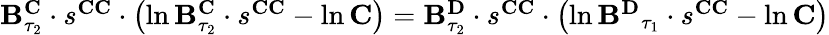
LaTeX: \begin{array}{r}{\mathbf{B}_{\tau_{2}}^{\mathbf{C}}\cdot s^{\mathbf{CC}}\cdot\left(\ln\mathbf{B}_{\tau_{2}}^{\mathbf{C}}\cdot s^{\mathbf{CC}}-\ln\mathbf{C}\right)=\mathbf{B}_{\tau_{2}}^{\mathbf{D}}\cdot s^{\mathbf{CC}}\cdot\left(\ln\mathbf{B^{\mathbf{D}}}_{\tau_{1}}\cdot s^{\mathbf{CC}}-\ln\mathbf{C}\right)}\end{array}